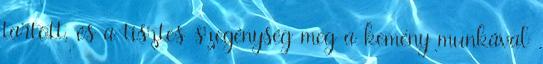
tartott, és a tisztes szegénység meg a kemény munkával